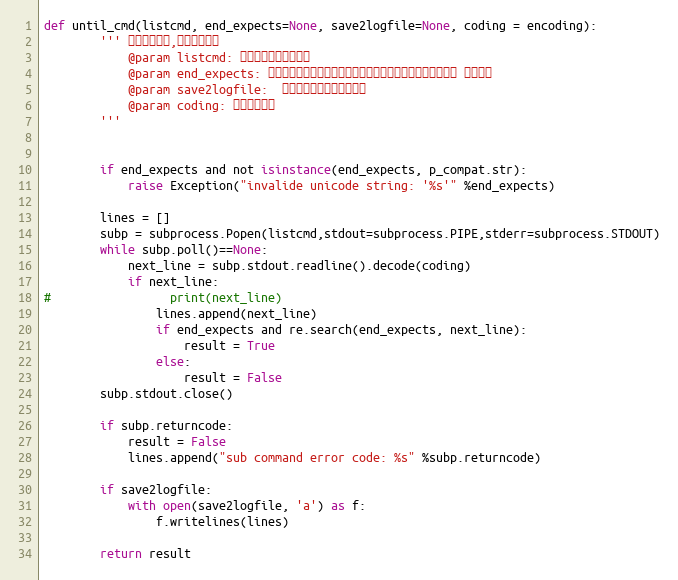
Language: Python
def until_cmd(listcmd, end_expects=None, save2logfile=None, coding = encoding):
        ''' 执行系统命令,并等待执行完
            @param listcmd: 执行的命令，列表格式
            @param end_expects: 命令执行结束，在输出的最后一行，正则搜素期望值，并设置 结果标志
            @param save2logfile:  设置执行过程，保存的日志
            @param coding: 设置输出编码
        '''

        if end_expects and not isinstance(end_expects, p_compat.str):
            raise Exception("invalide unicode string: '%s'" %end_expects)

        lines = []
        subp = subprocess.Popen(listcmd,stdout=subprocess.PIPE,stderr=subprocess.STDOUT)
        while subp.poll()==None:
            next_line = subp.stdout.readline().decode(coding)
            if next_line:
#                 print(next_line)
                lines.append(next_line)
                if end_expects and re.search(end_expects, next_line):
                    result = True
                else:
                    result = False
        subp.stdout.close()

        if subp.returncode:
            result = False
            lines.append("sub command error code: %s" %subp.returncode)

        if save2logfile:
            with open(save2logfile, 'a') as f:
                f.writelines(lines)

        return result